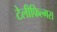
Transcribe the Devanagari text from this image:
टेलीफिल्मस